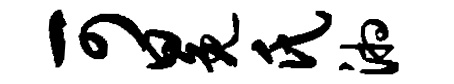
可冕氏湘